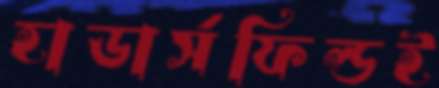
হাডার্সফিল্ডই